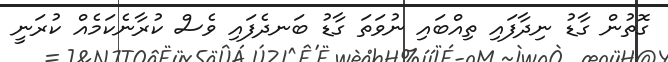
ގޮތުން ގާޑު ނިދާފައި ތިއްބައި ނުވަތަ ގާޑު ބަނދެފައި ވެސް ކުރާނެކަމެއް ކުރަނީ